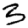
Digit: 3